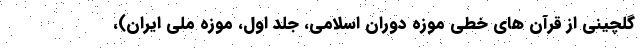
گلچینی از قرآن های خطی موزه دوران اسلامی، جلد اول، موزه ملی ایران)،‌